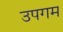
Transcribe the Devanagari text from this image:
उपगम